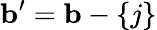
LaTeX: \mathbf{b^{\prime}}=\mathbf{b}-\{ j\}